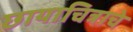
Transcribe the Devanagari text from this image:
छायाचित्राचे